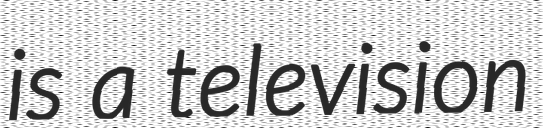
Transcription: is a television